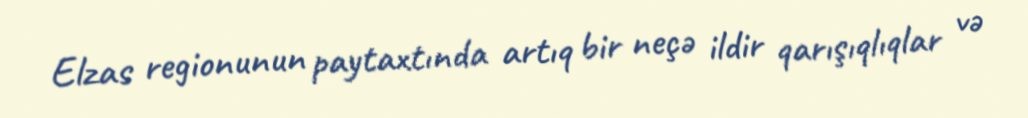
Elzas regionunun paytaxtında artıq bir neçə ildir qarışıqlıqlar və